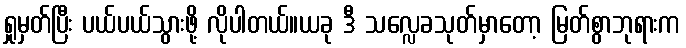
ရှုမှတ်ပြီး ပယ်ပယ်သွားဖို့ လိုပါတယ်။ယခု ဒီ သလ္လေခသုတ်မှာတော့ မြတ်စွာဘုရားက